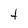
Character: t